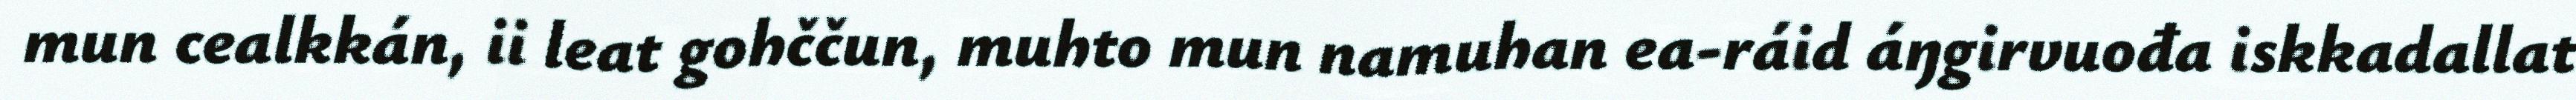
mun cealkkán, ii leat gohččun, muhto mun namuhan ea-ráid áŋgirvuođa iskkadallat